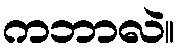
ကဘာလဲ။